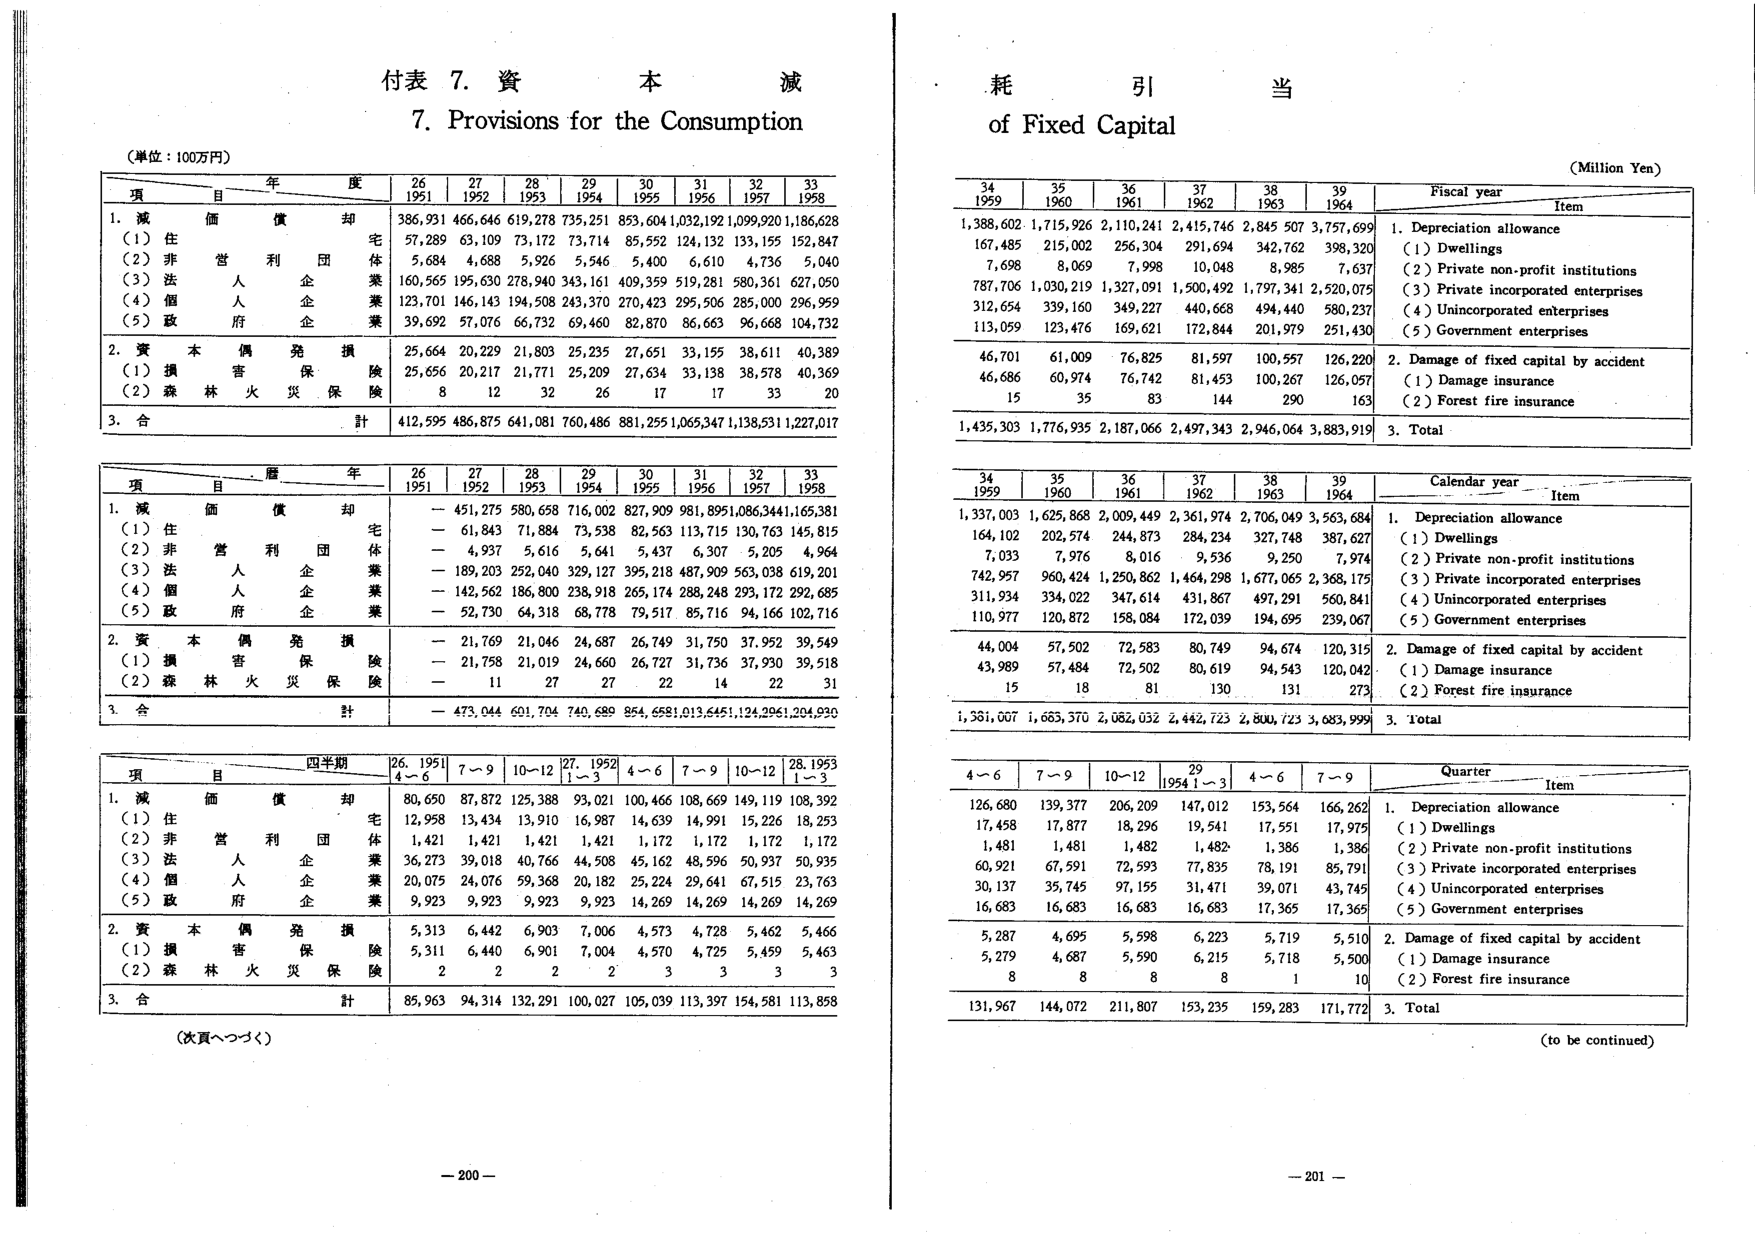
付表 7. 資本減耗引当
7. Provisions for the Consumption of Fixed Capital

（単位：100万円）
（Million Yen）

年 度
26 1951
27 1952
28 1953
29 1954
30 1955
31 1956
32 1957
33 1958

項 目
1. 減価償却
　（1）住 宅
　（2）非営利団体
　（3）法人企業
　（4）個人企業
　（5）政府企業
2. 資本偶発損
　（1）損害保険
　（2）森林火災保険
3. 合計

386,931 466,646 619,278 735,251 853,604 1,032,192 1,099,920 1,186,628
　57,289 63,109 73,172 73,714 85,552 124,132 133,155 152,847
　5,684 4,688 5,926 5,546 5,400 6,610 4,736 5,040
160,565 195,630 278,940 343,161 409,359 519,281 580,361 627,050
123,701 146,143 194,508 243,370 270,423 295,506 285,000 296,959
　39,692 57,076 66,732 69,460 82,870 86,663 96,668 104,732
　25,664 20,229 21,803 25,235 27,651 33,155 38,611 40,389
　25,656 20,217 21,771 25,209 27,634 33,138 38,578 40,369
　　　8 　12 　32 　26 　17 　17 　33 　20
412,595 486,875 641,081 760,486 881,255 1,065,347 1,138,531 1,227,017

暦 年
26 1951
27 1952
28 1953
29 1954
30 1955
31 1956
32 1957
33 1958

項 目
1. 減価償却
　（1）住 宅
　（2）非営利団体
　（3）法人企業
　（4）個人企業
　（5）政府企業
2. 資本偶発損
　（1）損害保険
　（2）森林火災保険
3. 合計

　— 451,275 580,658 716,002 827,909 981,895 1,086,344 1,165,381
　— 61,843 71,884 73,538 82,563 113,715 130,763 145,815
　— 4,937 5,616 5,641 5,437 6,307 5,205 4,964
　— 189,203 252,040 329,127 395,218 487,909 563,038 619,201
　— 142,562 186,800 238,918 265,174 288,248 293,172 292,685
　— 52,730 64,318 68,778 79,517 85,716 94,166 102,716
　— 21,769 21,046 24,687 26,749 31,750 37,952 39,549
　— 21,758 21,019 24,660 26,727 31,736 37,930 39,518
　— 　11 　27 　27 　22 　14 　22 　31
　— 473,044 601,704 740,689 854,658 1,013,645 1,124,296 1,204,930

四半期
26. 1951 4～6
7～9
10～12
27. 1952 1～3
4～6
7～9
10～12
28. 1953 1～3

項 目
1. 減価償却
　（1）住 宅
　（2）非営利団体
　（3）法人企業
　（4）個人企業
　（5）政府企業
2. 資本偶発損
　（1）損害保険
　（2）森林火災保険
3. 合計

80,650 87,872 125,388 93,021 100,466 108,669 149,119 108,392
12,958 13,434 13,910 16,987 14,639 14,991 15,226 18,253
　1,421 　1,421 　1,421 　1,421 　1,172 　1,172 　1,172 　1,172
36,273 39,018 40,766 44,508 45,162 48,596 50,937 50,935
20,075 24,076 59,368 20,182 25,224 29,641 67,515 23,763
　9,923 　9,923 　9,923 　9,923 14,269 14,269 14,269 14,269
　5,313 　6,442 　6,903 　7,006 　4,573 　4,728 　5,462 　5,466
　5,311 　6,440 　6,901 　7,004 　4,570 　4,725 　5,459 　5,463
　　2 　　2 　　2 　　2 　　3 　　3 　　3 　　3
85,963 94,314 132,291 100,027 105,039 113,397 154,581 113,858

（次頁へつづく）

Fiscal year
34 1959
35 1960
36 1961
37 1962
38 1963
39 1964

Item
1. Depreciation allowance
　（1）Dwellings
　（2）Private non-profit institutions
　（3）Private incorporated enterprises
　（4）Unincorporated enterprises
　（5）Government enterprises
2. Damage of fixed capital by accident
　（1）Damage insurance
　（2）Forest fire insurance
3. Total

1,388,602 1,715,926 2,110,241 2,415,746 2,845,507 3,757,699
167,485 215,002 256,304 291,694 342,762 398,320
　7,698 　8,069 　7,998 　10,048 　8,985 　7,637
787,706 1,030,219 1,327,091 1,500,492 1,797,341 2,520,075
312,654 339,160 349,227 440,668 494,440 580,237
113,059 123,476 169,621 172,844 201,979 251,430
　46,701 　61,009 　76,825 　81,597 　100,557 　126,220
　46,686 　60,974 　76,742 　81,453 　100,267 　126,057
　　15 　　35 　　83 　　144 　　290 　　163
1,435,303 1,776,935 2,187,066 2,497,343 2,946,064 3,883,919

Calendar year
34 1959
35 1960
36 1961
37 1962
38 1963
39 1964

Item
1. Depreciation allowance
　（1）Dwellings
　（2）Private non-profit institutions
　（3）Private incorporated enterprises
　（4）Unincorporated enterprises
　（5）Government enterprises
2. Damage of fixed capital by accident
　（1）Damage insurance
　（2）Forest fire insurance
3. Total

1,337,003 1,625,868 2,009,449 2,361,974 2,706,049 3,563,684
164,102 202,574 244,873 284,234 327,748 387,627
　7,033 　7,976 　8,016 　9,536 　9,250 　7,974
742,957 960,424 1,250,862 1,464,298 1,677,065 2,368,175
311,934 334,022 347,614 431,867 497,291 560,841
110,977 120,872 158,084 172,039 194,695 239,067
　44,004 　57,502 　72,583 　80,749 　94,674 　120,315
　43,989 　57,484 　72,502 　80,619 　94,543 　120,042
　　15 　　18 　　81 　　130 　　131 　　273
1,381,007 1,683,370 2,082,032 2,442,723 2,800,723 3,683,999

Quarter
4～6
7～9
10～12
29 1954 1～3
4～6
7～9

Item
1. Depreciation allowance
　（1）Dwellings
　（2）Private non-profit institutions
　（3）Private incorporated enterprises
　（4）Unincorporated enterprises
　（5）Government enterprises
2. Damage of fixed capital by accident
　（1）Damage insurance
　（2）Forest fire insurance
3. Total

126,680 139,377 206,209 147,012 153,564 166,262
17,458 17,877 18,296 19,541 17,551 17,975
　1,481 　1,481 　1,482 　1,482 　1,386 　1,386
60,921 67,591 72,593 77,835 78,191 85,791
30,137 35,745 97,155 31,471 39,071 43,745
16,683 16,683 16,683 16,683 17,365 17,365
　5,287 　4,695 　5,598 　6,223 　5,719 　5,510
　5,279 　4,687 　5,590 　6,215 　5,718 　5,500
　　8 　　8 　　8 　　8 　　1 　　10
131,967 144,072 211,807 153,235 159,283 171,772

（to be continued）

— 200 —
— 201 —